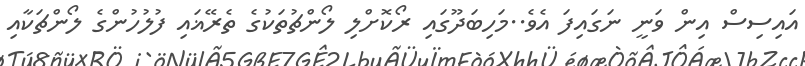
އައިސިސް އިން ވަނީ ނަގައިފަ އެވެ..މަހިބަދޫގައި ރޯކޮށްލި ލޯންޗުތަކުގެ ތެރޭޣައި ފުލުހުންގެ ލޯންޗަކާއި